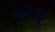
ઓરીજીન